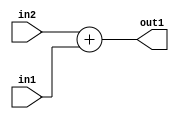
`timescale 1ps / 1ps
/*****************************************************************************
    Verilog RTL Description
    
    
    Created by: Stratus DpOpt 2019.1.01 
*******************************************************************************/

module SobelFilter_Add_11Ux10U_11U_1 (
	in2,
	in1,
	out1
	); /* architecture "behavioural" */ 
input [10:0] in2;
input [9:0] in1;
output [10:0] out1;
wire [10:0] asc001;

assign asc001 = 
	+(in2)
	+(in1);

assign out1 = asc001;
endmodule

/* CADENCE  urnzQg4= : u9/ySgnWtBlWxVPRXgAZ4Og= ** DO NOT EDIT THIS LINE ******/